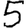
Digit: 5